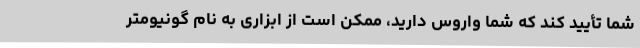
شما تأیید کند که شما واروس دارید، ممکن است از ابزاری به نام گونیومتر